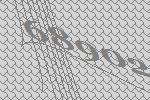
68902